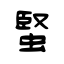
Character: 蜸